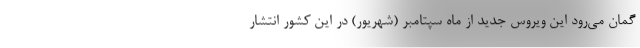
گمان می‌رود این ویروس جدید از ماه سپتامبر (شهریور) در این کشور انتشار